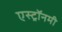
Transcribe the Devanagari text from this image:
एस्‍ट्रॉनमी